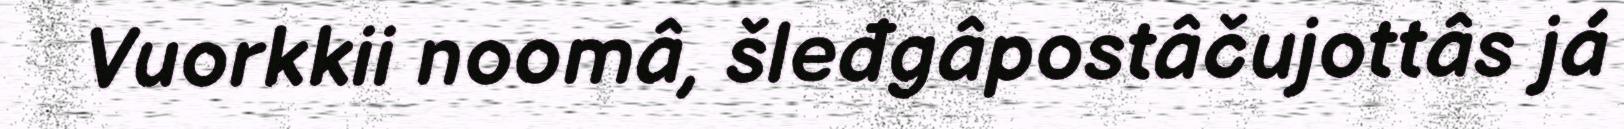
Vuorkkii noomâ, šleđgâpostâčujottâs já